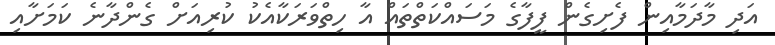
އަދި މާދަމާއިން ފެށިގެން ފީފާގެ މަސައްކަތްތައް އާ ހިތްވަރަކާއެކު ކުރިއަށް ގެންދާނެ ކަމަށާއި